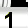
Digit: 1